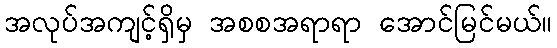
အလုပ်အကျင့်ရှိမှ အစစအရာရာ အောင်မြင်မယ်။